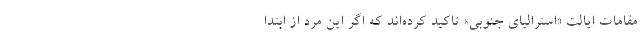
مقامات ایالت «استرالیای جنوبی» تاکید کرده‌اند که اگر این مرد از ابتدا